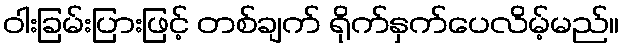
ဝါးခြမ်းပြားဖြင့် တစ်ချက် ရိုက်နှက်ပေလိမ့်မည်။